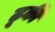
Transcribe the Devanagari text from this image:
ढूकी